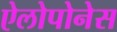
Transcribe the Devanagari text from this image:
ऐलोपोनेस